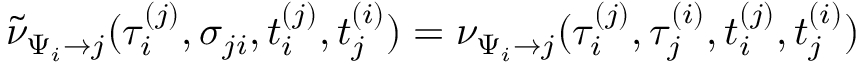
\begin{array} { r } { \tilde { \nu } _ { \Psi _ { i } \to j } ( \tau _ { i } ^ { ( j ) } , \sigma _ { j i } , t _ { i } ^ { ( j ) } , t _ { j } ^ { ( i ) } ) = \nu _ { \Psi _ { i } \to j } ( \tau _ { i } ^ { ( j ) } , \tau _ { j } ^ { ( i ) } , t _ { i } ^ { ( j ) } , t _ { j } ^ { ( i ) } ) } \end{array}